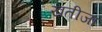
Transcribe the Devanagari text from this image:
खतीजा